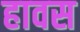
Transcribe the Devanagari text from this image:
हावस